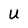
Character: U